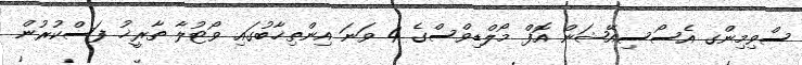
ސްވިމިންގ އެސޯސިއޭޝަން އޮފް މޯލްޑިވްސްގެ 4 ވަނަ އިންތިޚާބުގައި ވޯޓުލާ ތާރީޚު ފަސްކުރުން